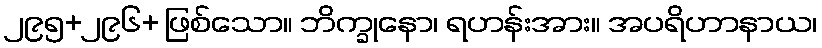
၂၉၅+၂၉၆+ ဖြစ်သော။ ဘိက္ခုနော၊ ရဟန်းအား။ အပရိဟာနာယ၊